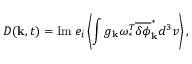
D ( { \bf k } , t ) = \mathrm { I m } \; e _ { i } \left\langle \int g _ { \bf k } \omega _ { \ast } ^ { T } \overline { { \delta \phi } } _ { \bf k } ^ { \ast } d ^ { 3 } v \right\rangle ,